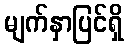
မျက်နှာပြင်ရှိ